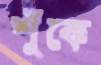
শুঁকে